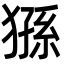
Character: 猻